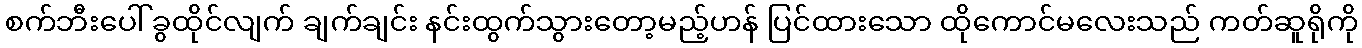
စက်ဘီးပေါ် ခွထိုင်လျက် ချက်ချင်း နင်းထွက်သွားတော့မည့်ဟန် ပြင်ထားသော ထိုကောင်မလေးသည် ကတ်ဆူရိုကို